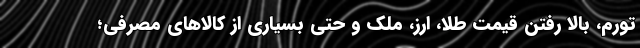
تورم، بالا رفتن قیمت طلا، ارز، ملک و حتی بسیاری از کالاهای مصرفی؛